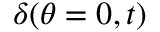
\delta ( \theta = 0 , t )